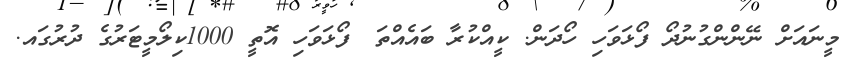
މީނައަށް ނޭންންގުނުދޯ ފޯޅަވަހި ހޯދަން. ކީއްކުރާ ބައެއްތަ? ފޯޅަވަހި އޮތީ 1000ކިލޯމީޓަރުގެ ދުރުގައ.